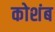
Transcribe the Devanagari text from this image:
कोशंब